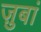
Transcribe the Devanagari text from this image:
ज़ुबां